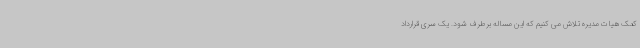
کمک هیات مدیره تلاش می کنیم که این مساله برطرف شود. یک سری قرارداد